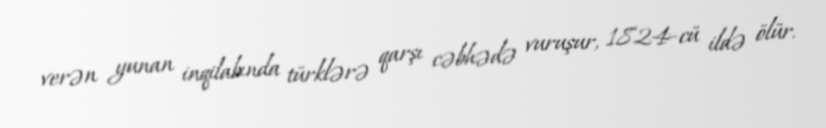
verən yunan inqilabında türklərə qarşı cəbhədə vuruşur, 1824-cü ildə ölür.